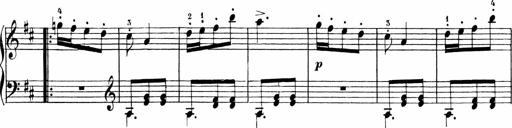
Title: Sonatinen Op.47, 98 und 136, nebst 6 Liedersonatinen
Composer: Carl Reinecke